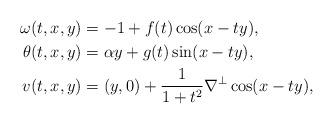
LaTeX: \begin{align*} \omega(t,x,y)&= -1 + f(t)\cos(x-ty), \\ \theta(t,x,y)&= \alpha y + g(t) \sin(x-ty), \\ v(t,x,y)&= (y,0) + \frac{1}{1+t^2}\nabla^{\perp}\cos(x-ty), \end{align*}